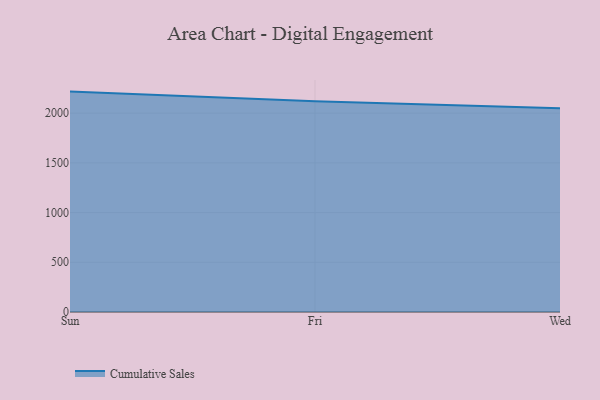
{"axis": {"x": "Day", "y": "Market Share (%)"}, "legend": ["Cumulative Sales"], "data": [{"x": "Sun", "y": 2216.9, "type": "Cumulative Sales"}, {"x": "Fri", "y": 2120.2, "type": "Cumulative Sales"}, {"x": "Wed", "y": 2049.2, "type": "Cumulative Sales"}]}